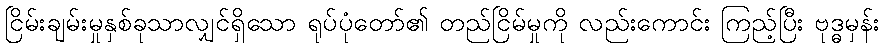
ငြိမ်းချမ်းမှုနှစ်ခုသာလျှင်ရှိသော ရုပ်ပုံတော်၏ တည်ငြိမ်မှုကို လည်းကောင်း ကြည့်ပြီး ဗုဒ္ဓမှန်း